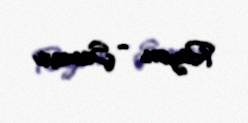
Rayon - Şamaxı